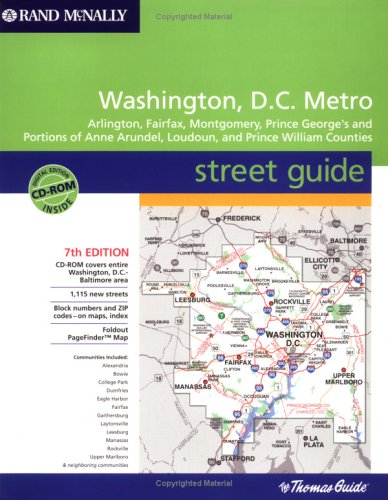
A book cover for Thomas Guide - Washington D.C. Metro; Rand McNally; Travel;